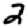
Digit: 2